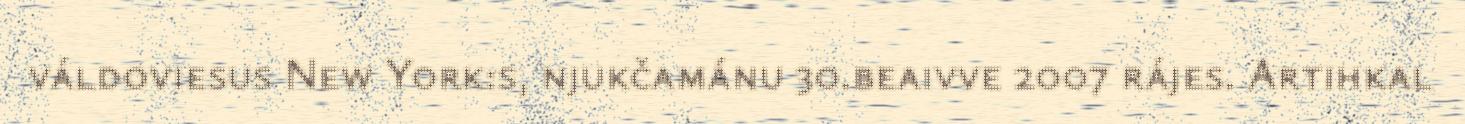
váldoviesus New York:s, njukčamánu 30.beaivve 2007 rájes. Artihkal